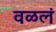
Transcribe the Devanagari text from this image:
वळलं